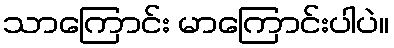
သာကြောင်း မာကြောင်းပါပဲ။